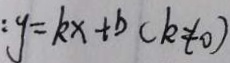
: y = k x + b ( k \neq 0 )